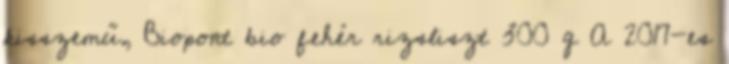
kisszemű, Biopont bio fehér rizsliszt 300 g A 2017-es